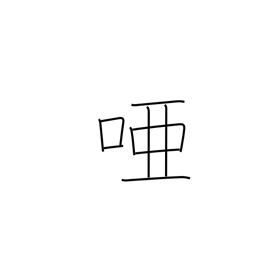
Meaning: dumb